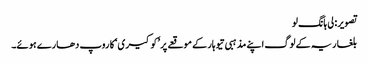
تصویر: لی ہانگ لو
بلغاریہ کے لوگ اپنے مذہبی تیوہار کے موقعے پر ’کوکیری‘ کا روپ دھارے ہوئے۔